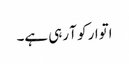
اتوار کو آ رہی ہے۔